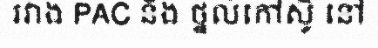
រវាង PAC និង ថ្នល់កៅស៊ូ នៅ